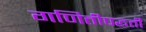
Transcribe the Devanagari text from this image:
गणितीपद्धती